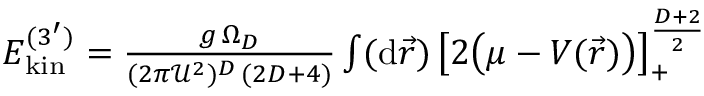
\begin{array} { r } { E _ { \mathrm { k i n } } ^ { ( 3 ^ { \prime } ) } = \frac { g \, \Omega _ { D } } { ( 2 \pi { \mathcal U } ^ { 2 } ) ^ { D } \, ( 2 D + 4 ) } \int ( \mathrm { d } \vec { r } ) \, \big [ 2 \big ( \mu - V ( \vec { r } ) \big ) \big ] _ { + } ^ { \frac { D + 2 } { 2 } } } \end{array}